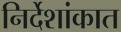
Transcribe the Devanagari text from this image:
निर्देशांकात